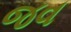
જવ